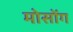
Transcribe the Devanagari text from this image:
मोसोंग